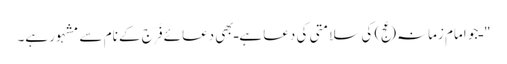
" ـ جو امام زمانہ(عج) کی سلامتی کی دعا ہے ـ بھی دعائے فَرَج کے نام سے مشہور ہے۔